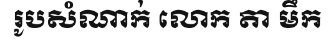
រូបសំណាក់ លោក តា មឹក